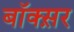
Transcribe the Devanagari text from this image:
बॉक्स़र